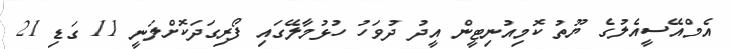
އެމްއޭސީއެލުގެ ޔޫތު ކޮމިއުނިޓީން އީދު ދުވަހު ހުޅުމާލޭގައި ފޯރިގަދަކޮށްލަނީ 11 ގަޑި 21